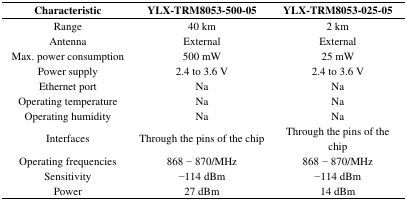
<table><thead><tr><td><b>Characteristic</b></td><td><b>YLX-TRM8053-500-05</b></td><td><b>YLX-TRM8053-025-05</b></td></tr></thead><tbody><tr><td>Range</td><td>40 km</td><td>2 km</td></tr><tr><td>Antenna</td><td>External</td><td>External</td></tr><tr><td>Max. power consumption</td><td>500 mW</td><td>25 mW</td></tr><tr><td>Power supply</td><td>2.4 to 3.6 V</td><td>2.4 to 3.6 V</td></tr><tr><td>Ethernet port</td><td>Na</td><td>Na</td></tr><tr><td>Operating temperature</td><td>Na</td><td>Na</td></tr><tr><td>Operating humidity</td><td>Na</td><td>Na</td></tr><tr><td>Interfaces</td><td>Through the pins of the chip</td><td>Through the pins of the chip</td></tr><tr><td>Operating frequencies</td><td>868 − 870/MHz</td><td>868 − 870/MHz</td></tr><tr><td>Sensitivity</td><td>−114 dBm</td><td>−114 dBm</td></tr><tr><td>Power</td><td>27 dBm</td><td>14 dBm</td></tr></tbody></table>